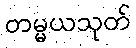
တမ္မယသုတ်